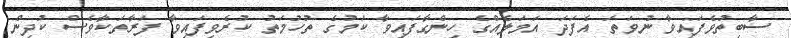
ސާބިތުވެފައިވާ ނުވަތަ އެފަދަ އަމަލެއްގެ ހިންގާފައިވާ ކަމުގެ ތުހުމަތު ކުރެވިފައިވާ ފަރާތަކާވެސް ކުދިން